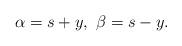
LaTeX: \begin{align*}\alpha=s+y,\ \beta=s-y.\end{align*}